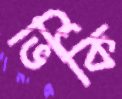
ভিকি